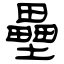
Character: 壘